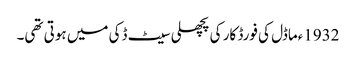
1932ءماڈل کی فورڈ کار کی پچھلی سیٹ ڈکی میں ہوتی تھی۔